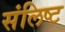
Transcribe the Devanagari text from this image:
संलिष्ट